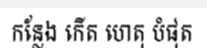
កន្លែង កើត ហេតុ បំផុត